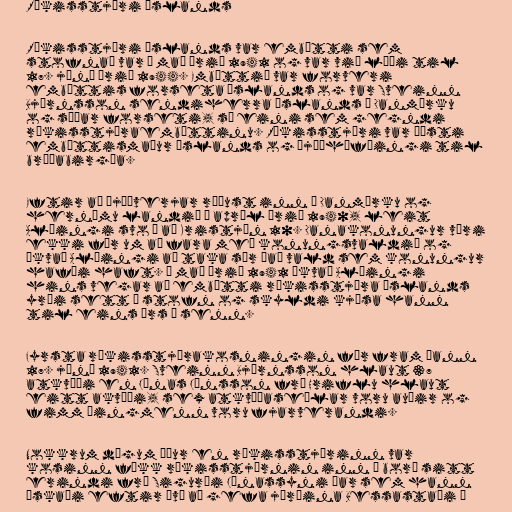
Ríkisstjóri Íslands

Ríkisstjóri Íslands var embætti sem
stofnað var í maí árið 1941 og var við lýði til
17. júní árið 1944. Embættið var forveri
embættis forseta Íslands og var Sveinn
Björnsson sendiherra Íslands í Danmörku
og síðar forseti, sá eini sem gegndi
ríkisstjóraembættinu. Ríkisstjóri var æðsti
embættismaður Íslands og þjóðhöfðingi til
bráðabirgða.

Eftir að Þjóðverjar réðust inn í Danmörku og
hernámu landið í apríl árið 1940, leit
Alþingi svo á að Kristján 10. Danakonungur væri
ekki fær um að fara með konungsvaldið og
ákvað Alþingi að taka sér það vald sem konungur
hafði haft. Í maí árið 1941 ákvað Alþingi
hins vegar að embætti ríkisstjóra Íslands
yrði sett á stofn og skyldi kjósa hann
til eins árs í senn.

Fyrsta ríkisstjórakosningin fór fram þann
17. júní 1941. Sveinn Björnsson hlaut 37
atkvæði en Jónas Jónsson frá Hriflu hlaut
eitt akvæði, sex atkvæðaseðlar voru auðir og
fimm þingmenn voru fjarverandi.

Nokkrum dögum áður en ríkisstjórinn var
kosinn fékk ríkisstjórnin inn á borð sitt
erindi frá Sigurði Jónassyni þar sem hann
óskaði eftir því að gefa jörðina Bessastaði á